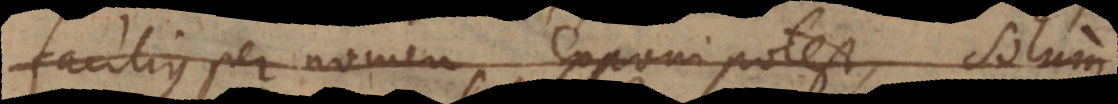
facilius per nomen exponi potest, solum